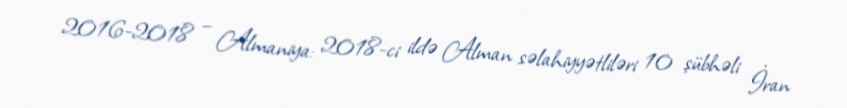
2016-2018 – Almaniya: 2018-ci ildə Alman səlahiyyətliləri 10 şübhəli İran